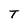
Character: T